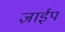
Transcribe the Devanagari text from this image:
ज़ाईप